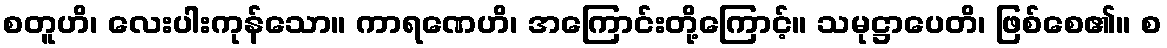
စတူဟိ၊ လေးပါးကုန်သော။ ကာရဏေဟိ၊ အကြောင်းတို့ကြောင့်။ သမုဋ္ဌာပေတိ၊ ဖြစ်စေ၏။ စ